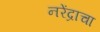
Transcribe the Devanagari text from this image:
नरेंद्राचा